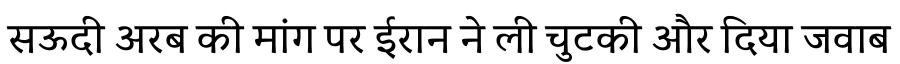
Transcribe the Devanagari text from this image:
सऊदी अरब की मांग पर ईरान ने ली चुटकी और दिया जवाब